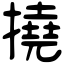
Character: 撓